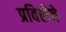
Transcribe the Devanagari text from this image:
प्रविष्टीचे